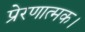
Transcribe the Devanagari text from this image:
प्रेरणात्मक।